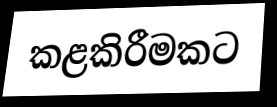
කළකිරීමකට